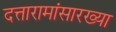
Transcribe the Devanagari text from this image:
दत्तारामांसारख्या